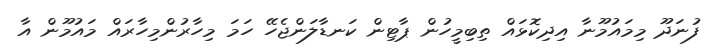
ފުނަދޫ މިމައުމޫނާ އިދިކޮޅައް ތިބިމީހުން ޕާޓިން ކަނޑާލަންޖެހޭ ހަމަ މިހާރުންމިހާރައް މައުމޫން އާ